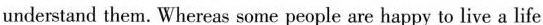
understand them.Whereas some peopeple arw happy to live a life